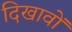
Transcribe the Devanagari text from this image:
दिखावों